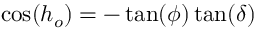
\cos ( h _ { o } ) = - \tan ( \phi ) \tan ( \delta )